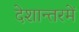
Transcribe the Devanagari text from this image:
देशान्तरमें